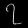
Digit: ၇